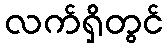
လက်ရှိတွင်